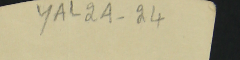
YAL2A-24